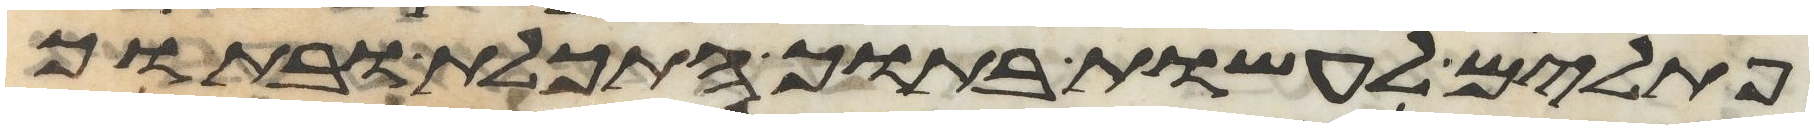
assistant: פתילים לעשות בתוך התכלת ובתוך